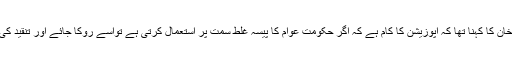
عمران خان کا کہنا تھا کہ اپوزیشن کا کام ہے کہ اگر حکومت عوام کا پیسہ غلط سمت پر استعمال کرتی ہے تواسے روکا جائے اور تنقید کی جائے۔